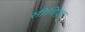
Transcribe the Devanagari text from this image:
सीणिया